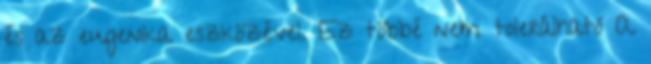
és az eugenika eszközével. Ez többé nem tolerálható A